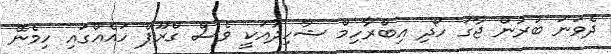
ދެވަނަ ބުރުން ޖާގަ ހޯދި އިބްރާހިމް ޝާހިދުއަކީ ވެސް ގްރޫޕް ހައެއްގައި ހިމެނޭ